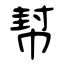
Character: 幇